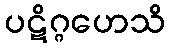
ပဋိဂ္ဂဟေသိ